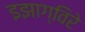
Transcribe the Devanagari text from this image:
इझाग्विरे